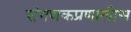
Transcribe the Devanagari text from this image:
संगणकप्रणालीस